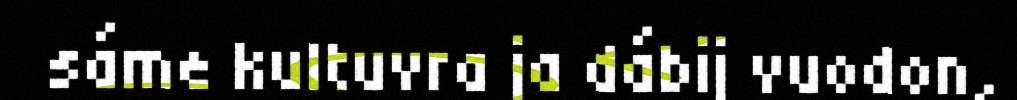
sáme kultuvra ja dábij vuodon,